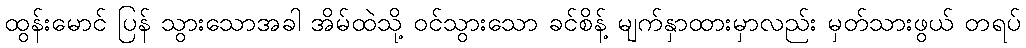
ထွန်းမောင် ပြန် သွားသောအခါ အိမ်ထဲသို့ ဝင်သွားသော ခင်စိန့် မျက်နှာထားမှာလည်း မှတ်သားဖွယ် တရပ်